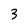
Character: 3